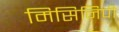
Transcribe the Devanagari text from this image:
मिसिनिपी